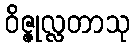
ဝိဇ္ဇုလ္လတာသု